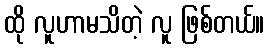
ထို လူဟာမသိတဲ့ လူ ဖြစ်တယ်။